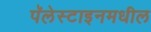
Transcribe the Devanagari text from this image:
पॅलेस्टाइनमधील